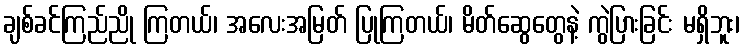
ချစ်ခင်ကြည်ညို ကြတယ်၊ အလေးအမြတ် ပြုကြတယ်၊ မိတ်ဆွေတွေနဲ့ ကွဲပြားခြင်း မရှိဘူး၊